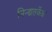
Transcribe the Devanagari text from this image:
निन्द्यतर्केश्च